Lunatic asylums Punjab 1911-1921 - 1911-1921
Year: 1911
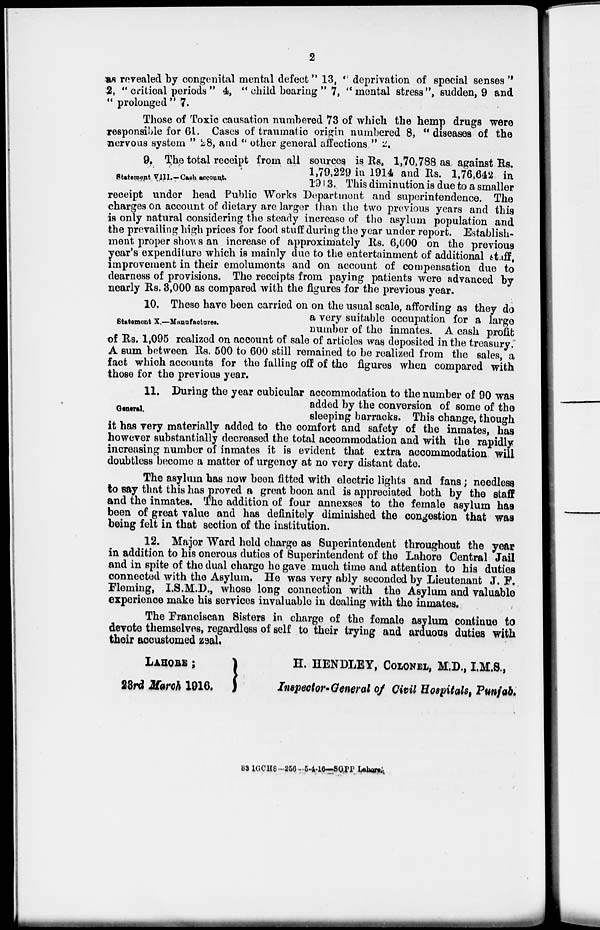
2
as revealed by congenital mental defect" 13, " deprivation of special senses "
2, " critical periods " 4, " child bearing " 7, "mental stress", sudden, 9 and
" prolonged "7.
Those of Toxic causation numbered 73 of which the hemp drugs were
responsible for 61. Cases of traumatic origin numbered 8, "diseases of the
nervous system " 28, and " other general affections." 2.
Statement VIII.—Cash account.
9. The total receipt from all sources is Rs. 1,70,788 as against Rs.
1,79,229 in 1914 and Rs. 1,76,642 in
1913. This diminution is due to a smaller
receipt under head Public Works Department and superintendence. The
charges on account of dietary are larger than the two previous years and this
is only natural considering the steady increase of the asylum population and
the prevailing high prices for food stuff during the year under report. Establish-
ment proper shows an increase of approximately Its. 6,000 on the previous
year's expenditure which is mainly due to the entertainment of additional staff,
improvement in their emoluments and on account of compensation due to
dearness of provisions. The receipts from paying patients were advanced by
nearly Rs. 3,000 as compared with the figures for the previous year.
Statement X.—Manufactures.
10. These have been carried on on the usual scale, affording as they do
a very suitable occupation for a large
number of the inmates. A cash profit
of Rs. 1,095 realized on account of sale of articles was deposited in the treasury
A sum between Rs. 500 to 600 still remained to be realized from the sales, a
fact which accounts for the falling off of the figures when compared with
those for the previous year.
General.
11. During the year cubicular accommodation to the number of 90 was
added by the conversion of some of the
sleeping barracks. This change, though
it has very materially added to the comfort and safety of the inmates, has
however substantially decreased the total accommodation and with the rapidly
increasing number of inmates it is evident that extra accommodation will
doubtless become a matter of urgency at no very distant date.
The asylum has now been fitted with electric lights and fans; needless
to say that this has proved a great boon and is appreciated both by the staff
and the inmates. The addition of four annexses to the female asylum has
been of great value and has definitely diminished the congestion that was
being felt in that section of the institution.
12. Major Ward held charge as Superintendent throughout the year
in addition to his onerous duties of Superintendent of the Lahore Central Jail
and in spite of the dual charge he gave much time and attention to his duties
connected with the Asylum. He was very ably seconded by Lieutenant J. F.
Fleming, I.S.M.D., whose long connection with the Asylum and valuable
experience make his services invaluable in dealing with the inmates.
The Franciscan Sisters in charge of the female asylum continue to
devote themselves, regardless of self to their trying and arduous duties with
their accustomed zeal.
LAHORE;
23rd March 1916.
H. HENDLEY, COLONEL, M.D., I.M.S.,
Inspector-General of Civil Hospitals, Punjab.
83 1GCH8 —256-5-4-16—SGPP Lahore.